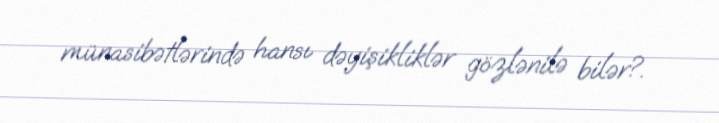
münasibətlərində hansı dəyişikliklər gözlənilə bilər?.